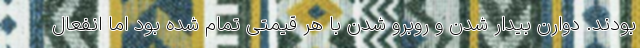
بودند. دوارن بیدار شدن و روبرو شدن با هر قیمتی تمام شده بود اما انفعال